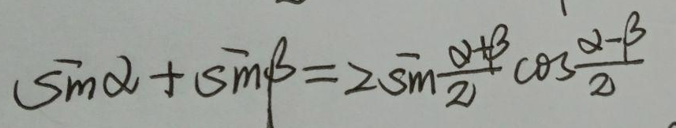
\[\sin\alpha+\sin\beta = 2\sin\frac{\alpha+\beta}{2}\cos\frac{\alpha - \beta}{2}\]